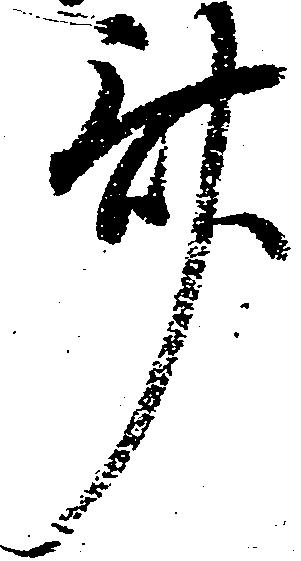
斎